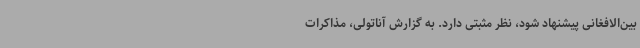
بین‌الافغانی پیشنهاد شود، نظر مثبتی دارد. به گزارش آناتولی، مذاکرات